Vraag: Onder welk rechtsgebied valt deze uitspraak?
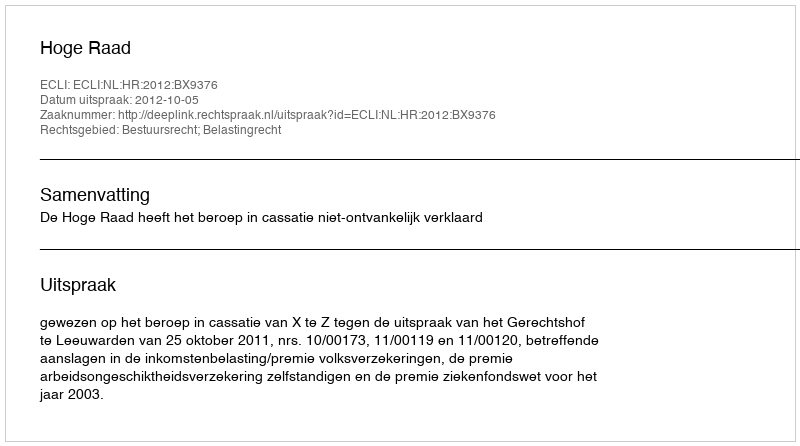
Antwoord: Bestuursrecht; Belastingrecht